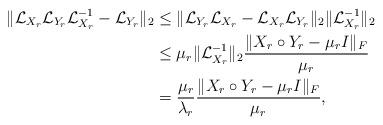
LaTeX: \begin{align*}\|\mathcal{L}_{X_r}\mathcal{L}_{Y_r}\mathcal{L}_{X_r}^{-1}-\mathcal{L}_{Y_r}\|_2&\le\|\mathcal{L}_{Y_r}\mathcal{L}_{X_r}-\mathcal{L}_{X_r}\mathcal{L}_{Y_r}\|_2\|\mathcal{L}_{X_r}^{-1}\|_2 \\&\le \mu_r\|\mathcal{L}_{X_r}^{-1}\|_2\frac{\|X_r\circ Y_r-\mu_rI\|_F}{\mu_r} \\&=\frac{\mu_r}{\lambda_r}\frac{\|X_r\circ Y_r-\mu_rI\|_F}{\mu_r},\end{align*}